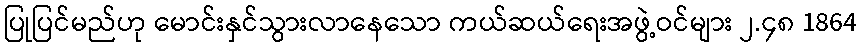
ပြုပြင်မည်ဟု မောင်းနှင်သွားလာနေသော ကယ်ဆယ်ရေးအဖွဲ့ဝင်များ ၂.၄၈ 1864